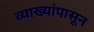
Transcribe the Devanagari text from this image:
व्याख्यांपासून